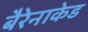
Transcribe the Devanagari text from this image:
बैरेनाकेड